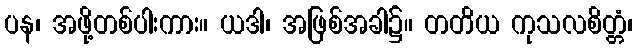
ပန၊ အဖို့တစ်ပါးကား။ ယဒါ၊ အဖြစ်အခါ၌။ တတိယ ကုသလစိတ္တံ၊